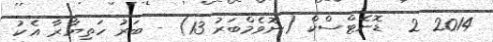
2014 2  ޑޮނެޓްސްކް (ނޮވެމްބަރު 13) - ބަރު ހަތިޔާރާ އެކު